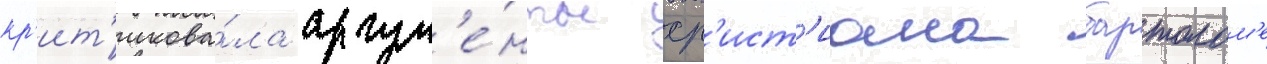
кр'ит'икова́ла аргум'е́нты хр'ист'иана бартолом'е